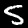
Label: 5